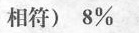
相符)8%